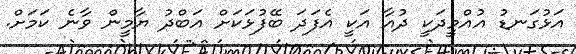
އަޅުގަނޑު އުއްމީދަކީ ދުއާ އަކީ އެފަދަ ބޭފުޅަކަށް އަބްދު ޔާމީން ވާނެ ކަމަށް.